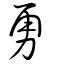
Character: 勇